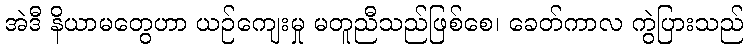
အဲဒီ နိယာမတွေဟာ ယဉ်ကျေးမှု မတူညီသည်ဖြစ်စေ၊ ခေတ်ကာလ ကွဲပြားသည်